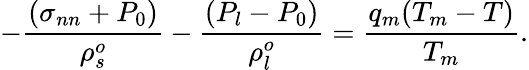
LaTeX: -\frac{(\sigma_{nn}+P_{0})}{\rho_{s}^{o}}-\frac{(P_{l}-P_{0})}{\rho_{l}^{o}}=\frac{q_{m}(T_{m}-T)}{T_{m}}.